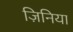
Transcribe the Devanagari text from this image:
ज़िनिया